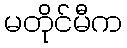
မတိုင်မီက